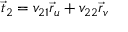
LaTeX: { \vec { t } } _ { 2 } = v _ { 2 1 } { \vec { r } } _ { u } + v _ { 2 2 } { \vec { r } } _ { v }